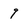
Character: 9